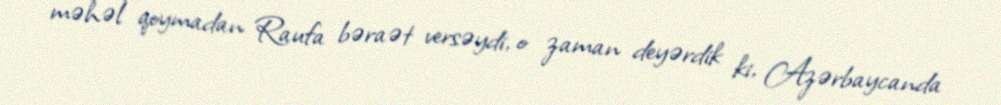
məhəl qoymadan Raufa bəraət versəydi, o zaman deyərdik ki, Azərbaycanda